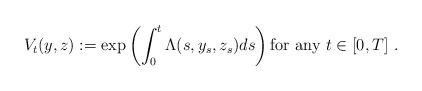
LaTeX: \begin{align*}V_t(y,z):=\exp \left ( \int_0^t \Lambda(s,y_s,z_s) ds\right )\textrm{for any} \ t\in [0,T]\ .\end{align*}